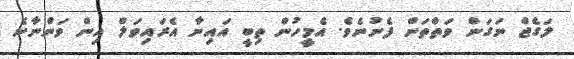
ލަގެޖް ނަގަން ވަތްތަން ފެނުނެވެ. އެމީހުން ތިބީ އައިނާ އެރައިވަލް އިން ވަންނާނެ